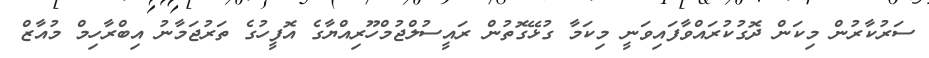
ސަރުކާރުން މިކަން ދޮގުކުރައްވާފައިވަނީ މިކަމާ ގުޅޭގޮތުން ރައީސުލްޖުމްހޫރިއްޔާގެ އޮފީހުގެ ތަރުޖަމާނު އިބްރާހިމް މުއާޒް